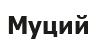
Муций